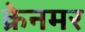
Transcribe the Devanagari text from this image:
क्रेनमर